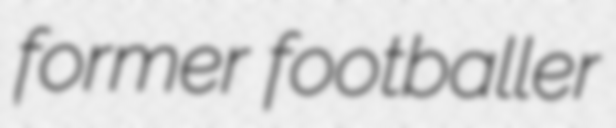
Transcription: former footballer